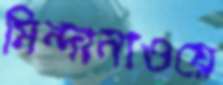
মিন্দানাওয়ে